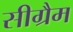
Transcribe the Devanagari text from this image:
सीग्रैम